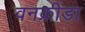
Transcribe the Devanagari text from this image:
वनक्रीडा